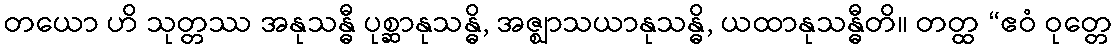
တယော ဟိ သုတ္တဿ အနုသန္ဓီ ပုစ္ဆာနုသန္ဓိ, အဇ္ဈာသယာနုသန္ဓိ, ယထာနုသန္ဓီတိ။ တတ္ထ “ဧဝံ ဝုတ္တေ